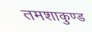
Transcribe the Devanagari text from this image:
तमशाकुण्ड